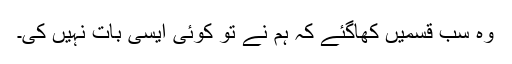
وہ سب قسمیں کھاگئے کہ ہم نے تو کوئی ایسی بات نہیں کی۔